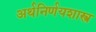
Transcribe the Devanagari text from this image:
अर्थनिर्णयशास्त्र